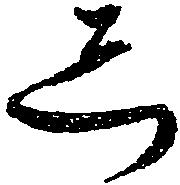
し